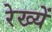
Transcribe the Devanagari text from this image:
रेख्यें